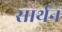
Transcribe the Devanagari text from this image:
सार्थन